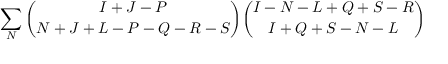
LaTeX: \sum _ { N } { \binom { I + J - P } { N + J + L - P - Q - R - S } } { \binom { I - N - L + Q + S - R } { I + Q + S - N - L } }